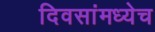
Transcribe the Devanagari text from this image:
दिवसांमध्येच